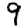
Digit: 9